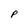
Character: P